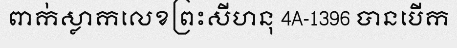
ពាក់ស្លាកលេខព្រះសីហនុ 4A-1396 បានបើក